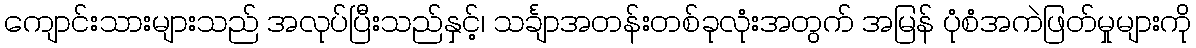
ကျောင်းသားများသည် အလုပ်ပြီးသည်နှင့်၊ သင်္ချာအတန်းတစ်ခုလုံးအတွက် အမြန် ပုံစံအကဲဖြတ်မှုများကို